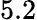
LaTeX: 5.2